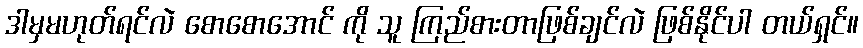
ဒါမှမဟုတ်ရင်လဲ စောစောအောင် ကို သူ ကြည်စားတာဖြစ်ချင်လဲ ဖြစ်နိုင်ပါ တယ်ရှင်။